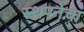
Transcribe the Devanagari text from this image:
स्थपनेचा